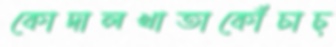
কোদালখাতাকোঁচাচ্